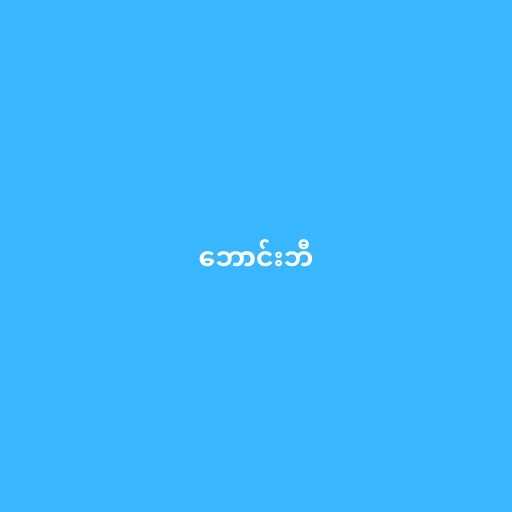
ဘောင်းဘီ